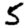
Digit: 5